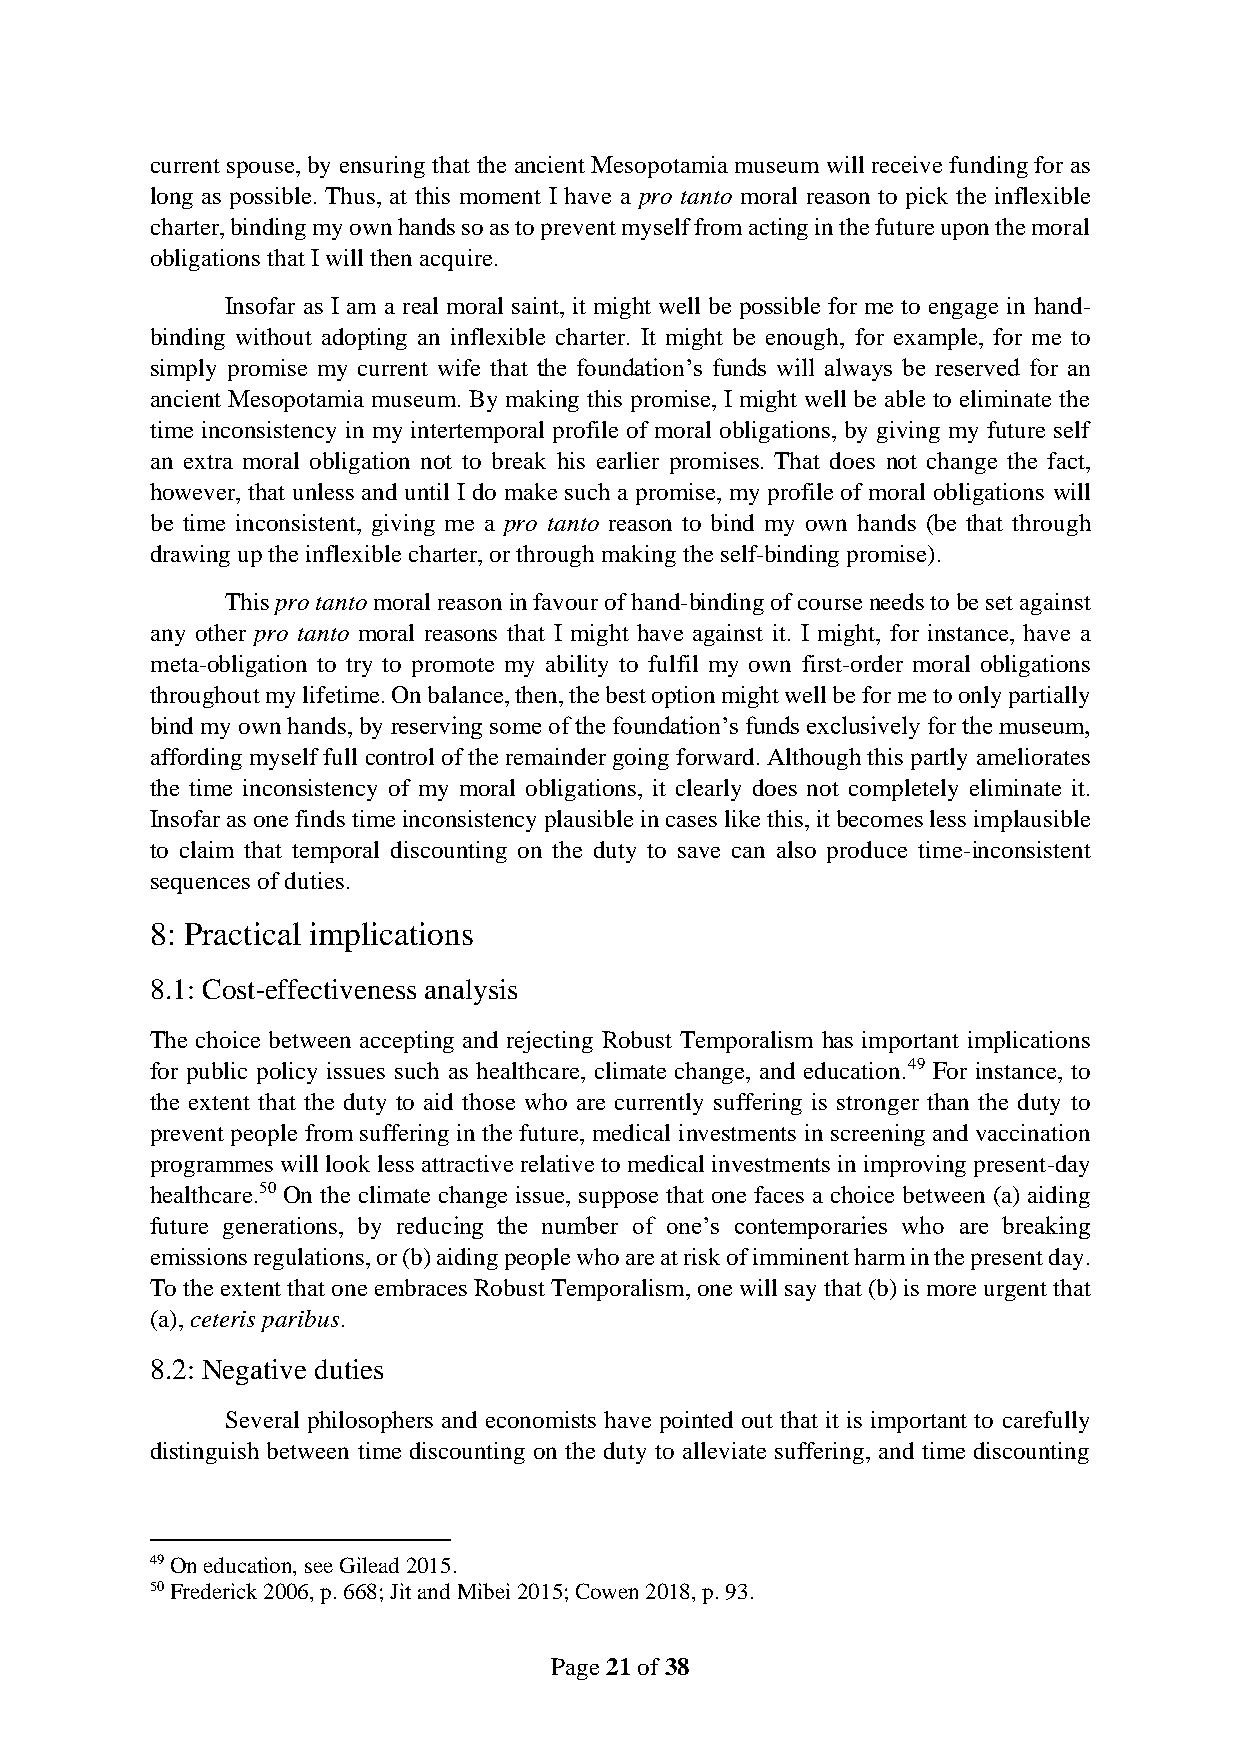
current spouse, by ensuring that the ancient Mesopotamia museum will receive funding for as
 long as possible. Thus, at this moment I have a pro tanto moral reason to pick the inflexible
 charter, binding my own hands so as to prevent myself from acting in the future upon the moral
 obligations that I will then acquire.
 Insofar as I am a real moral saint, it might well be possible for me to engage in hand-
 binding without adopting an inflexible charter. It might be enough, for example, for me to
 simply promise my current wife that the foundation’s funds will always be reserved for an
 ancient Mesopotamia museum. By making this promise, I might well be able to eliminate the
 time inconsistency in my intertemporal profile of moral obligations, by giving my future self
 an extra moral obligation not to break his earlier promises. That does not change the fact,
 however, that unless and until I do make such a promise, my profile of moral obligations will
 be time inconsistent, giving me a pro tanto reason to bind my own hands (be that through
 drawing up the inflexible charter, or through making the self-binding promise).
 This pro tanto moral reason in favour of hand-binding of course needs to be set against
 any other pro tanto moral reasons that I might have against it. I might, for instance, have a
 meta-obligation to try to promote my ability to fulfil my own first-order moral obligations
 throughout my lifetime. On balance, then, the best option might well be for me to only partially
 bind my own hands, by reserving some of the foundation’s funds exclusively for the museum,
 affording myself full control of the remainder going forward. Although this partly ameliorates
 the time inconsistency of my moral obligations, it clearly does not completely eliminate it.
 Insofar as one finds time inconsistency plausible in cases like this, it becomes less implausible
 to claim that temporal discounting on the duty to save can also produce time-inconsistent
 sequences of duties.
 8: Practical implications
 8.1: Cost-effectiveness analysis
 The choice between accepting and rejecting Robust Temporalism has important implications
 for public policy issues such as healthcare, climate change, and education.49 For instance, to
 the extent that the duty to aid those who are currently suffering is stronger than the duty to
 prevent people from suffering in the future, medical investments in screening and vaccination
 programmes will look less attractive relative to medical investments in improving present-day
 healthcare.50 On the climate change issue, suppose that one faces a choice between (a) aiding
 future generations, by reducing the number of one’s contemporaries who are breaking
 emissions regulations, or (b) aiding people who are at risk of imminent harm in the present day.
 To the extent that one embraces Robust Temporalism, one will say that (b) is more urgent that
 (a), ceteris paribus.
 8.2: Negative duties
 Several philosophers and economists have pointed out that it is important to carefully
 distinguish between time discounting on the duty to alleviate suffering, and time discounting
 49 On education, see Gilead 2015.
 50 Frederick 2006, p. 668; Jit and Mibei 2015; Cowen 2018, p. 93.
 Page 21 of 38